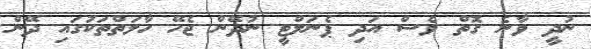
ނުދީ ވާނެ ގޮތް ވެސް އަދި ޕެނަލްޓީ ނުދޭން ޖެހޭ ހާލަތްތަކުގައި ދޭން